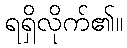
ရရှိလိုက်၏။